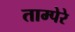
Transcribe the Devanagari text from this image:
ताम्पेरे